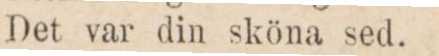
Det var din sköna sed.